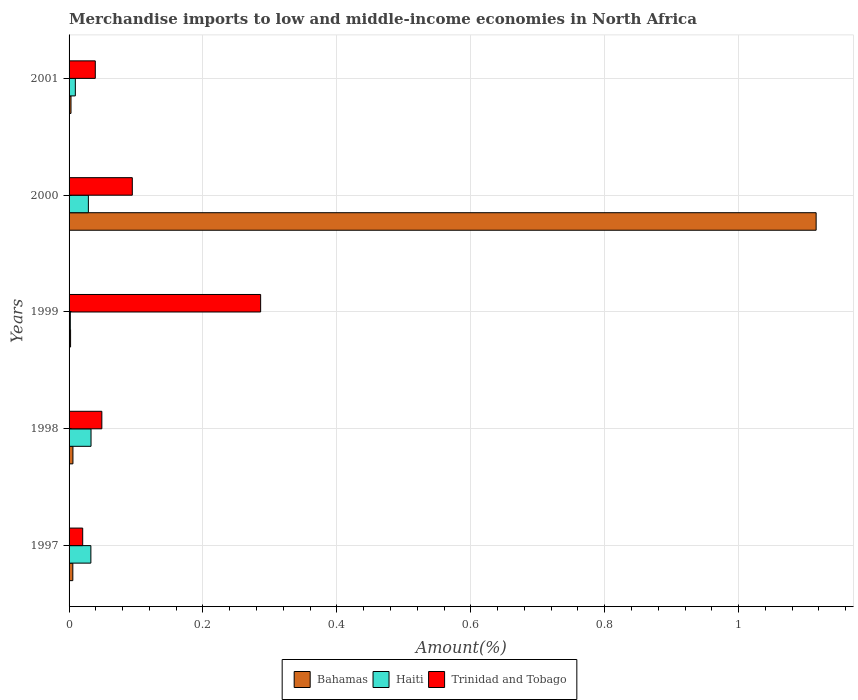
| Years | Bahamas | Haiti | Trinidad and Tobago |
 | --- | --- | --- | --- |
 | 1997 | 0.00561 | 0.0326 | 0.0204 |
 | 1998 | 0.00578 | 0.0328 | 0.049 |
 | 1999 | 0.00225 | 0.00185 | 0.286 |
 | 2000 | 1.12 | 0.0288 | 0.0944 |
 | 2001 | 0.00289 | 0.00937 | 0.0392 |